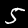
Digit: 5